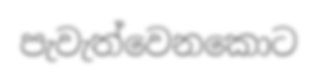
පැවැත්වෙනකොට